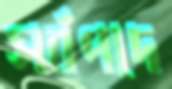
সর্বপদে